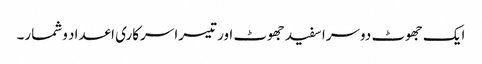
ایک جھوٹ دوسرا سفید جھوٹ اور تیسرا سرکاری اعداد وشمار۔